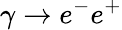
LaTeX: \gamma\to e^{-}e^{+}